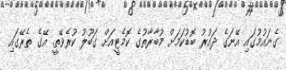
ގެނައުމުގައި އޭނަގެ ދައުރު ބޮޑުކަމަށް މުބާރާތުގެ ކޮމެޓީއަށް ގަބޫލު ކުރެވޭތީ. އޭގެ ތެރޭގައި